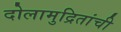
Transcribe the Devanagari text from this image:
दोलामुद्रितांची